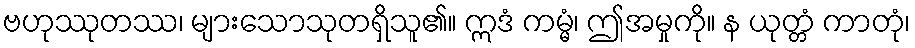
ဗဟုဿုတဿ၊ များသောသုတရှိသူ၏။ ဣဒံ ကမ္မံ၊ ဤအမှုကို။ န ယုတ္တံ ကာတုံ၊